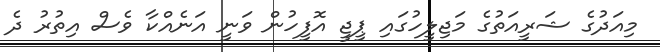
މިއަދުގެ ޝަރީއަތުގެ މަޖިލީހުގައި ޕީޖީ އޮފީހުން ވަނީ އަނެއްކާ ވެސް އިތުރު ދެ